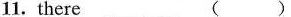
11.there（）